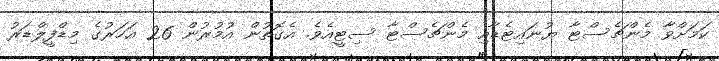
ކަމަށްވާ މެންޗެސްޓާ ޔުނައިޓެޑާއި މެންޗެސްޓާ ސިޓީއެވެ. އެގޮތުން އުމުރުން 26 އަހަރުގެ މިޑްފީލްޑަރު